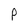
Character: P